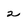
Character: 2